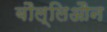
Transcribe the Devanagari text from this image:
बौल्लिऔन